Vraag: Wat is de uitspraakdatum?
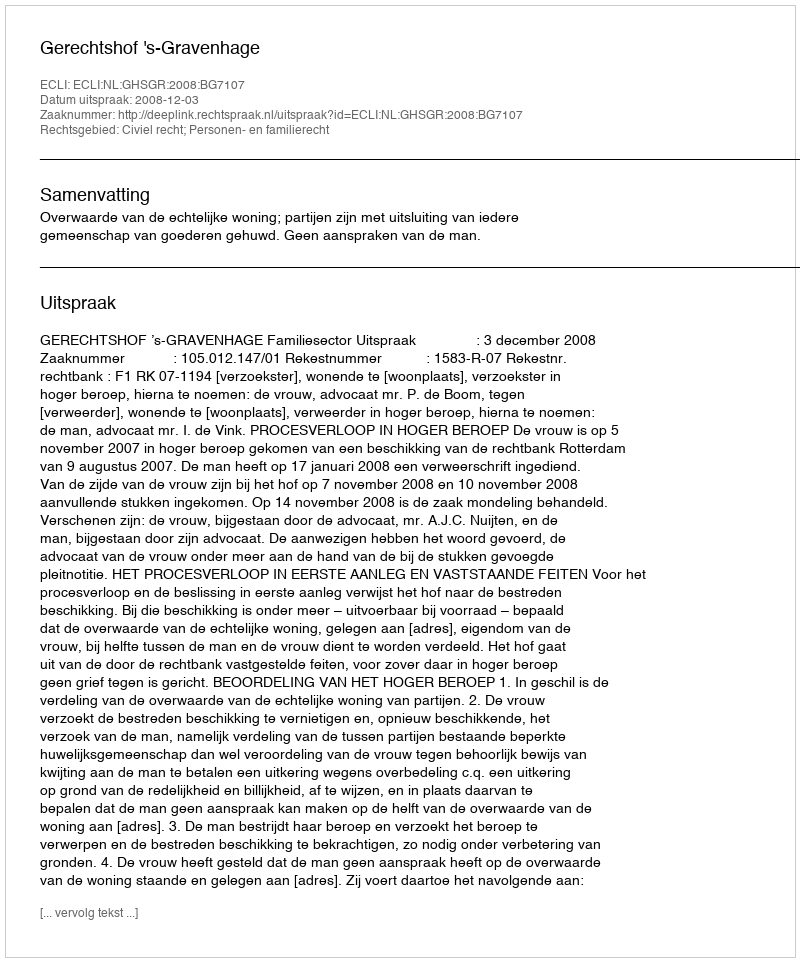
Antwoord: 2008-12-03